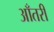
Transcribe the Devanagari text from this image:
आँतरी